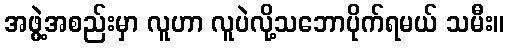
အဖွဲ့အစည်းမှာ လူဟာ လူပဲလို့သဘောပိုက်ရမယ် သမီး။